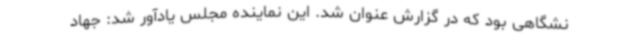
نشگاهی بود که در گزارش عنوان شد. این نماینده مجلس یادآور شد: جهاد